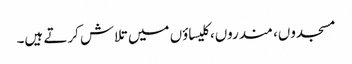
مسجدوں، مندروں، کلیساؤں میں تلاش کرتے ہیں۔